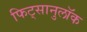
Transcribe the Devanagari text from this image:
फिट्सानुलॉक